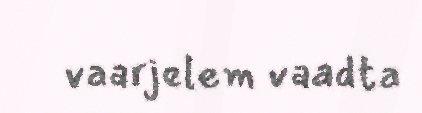
vaarjelem vaadta